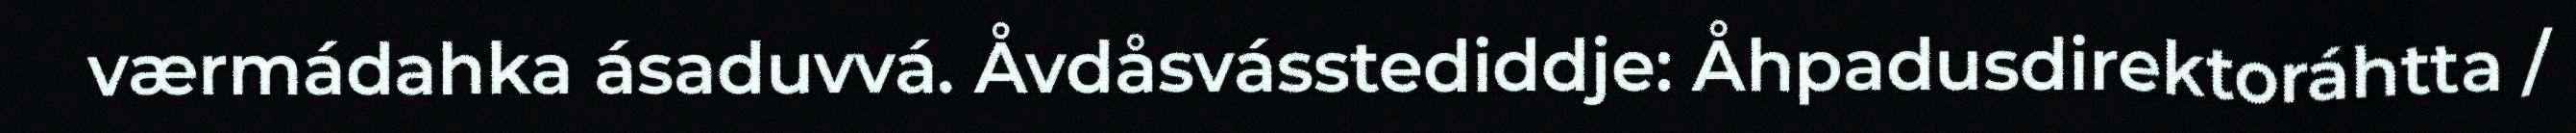
værmádahka ásaduvvá. Åvdåsvásstediddje: Åhpadusdirektoráhtta /